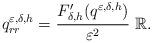
LaTeX: \begin{align*} q^{\varepsilon,\delta,h} _{rr}= \frac{F' _{\delta,h} (q ^{\varepsilon,\delta,h})}{\varepsilon ^2} \ \mathbb{R}.\end{align*}